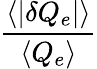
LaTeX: \frac{\langle|\delta Q_{e}|\rangle}{\langle Q_{e}\rangle}